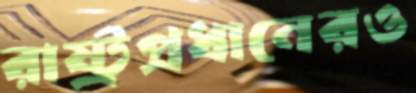
রাষ্ট্রপ্রধানেরও